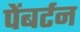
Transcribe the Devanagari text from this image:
पेंबर्टन